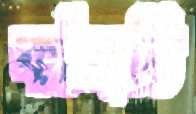
কাঁদতি